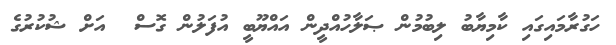
ހަގުރާމައިގައި ކާމިޔާބު ލިބުމުން ޞަލާހުއްދީން އައްޔޫބީ އުފަލުން ގޮސް  އަށް ޝުކުރުގެ